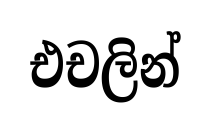
එචලින්